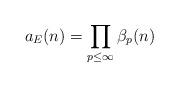
LaTeX: \begin{align*} a_{E}(n) = \prod_{p \leq \infty} \beta_{p}(n)\end{align*}